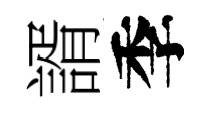
諝季